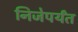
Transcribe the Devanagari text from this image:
निजेपर्यंत